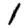
Digit: 1